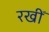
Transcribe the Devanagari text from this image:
रखीँ